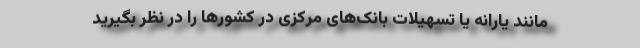
مانند یارانه یا تسهیلات بانک‌های مرکزی در کشورها را در نظر بگیرید